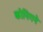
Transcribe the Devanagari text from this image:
कोनिगने